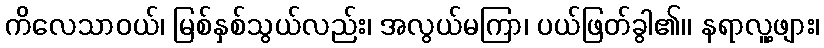
ကိလေသာဝယ်၊ မြစ်နှစ်သွယ်လည်း၊ အလွယ်မကြာ၊ ပယ်ဖြတ်ခွါ၏၊၊ နရာလူ့ဖျား၊